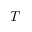
T